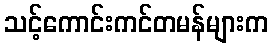
သင့်ကောင်းကင်တမန်များက